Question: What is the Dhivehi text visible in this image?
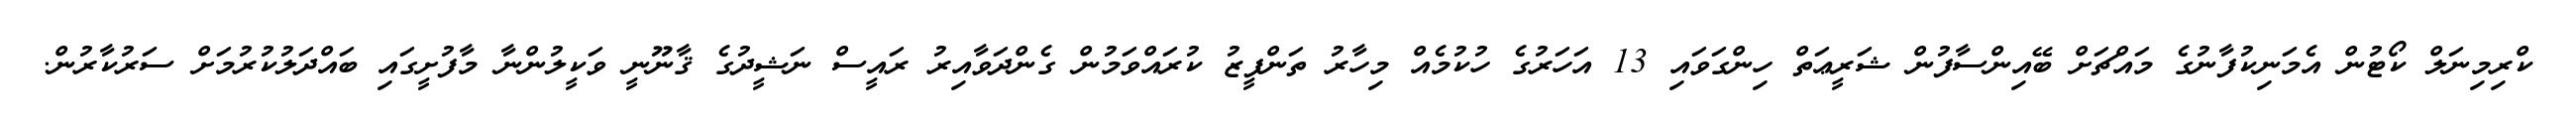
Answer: ކްރިމިނަލް ކޯޓުން އެމަނިކުފާނުގެ މައްޗަށް ބޭއިންސާފުން ޝަރީޢަތް ހިންގަވައި 13 އަހަރުގެ ހުކުމެއް މިހާރު ތަންފީޒު ކުރައްވަމުން ގެންދަވާއިރު ރައީސް ނަޝީދުގެ ޤާނޫނީ ވަކީލުންނާ މާފުށީގައި ބައްދަލުކުރުމަށް ސަރުކާރުން.